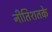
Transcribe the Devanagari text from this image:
नीतिशतके